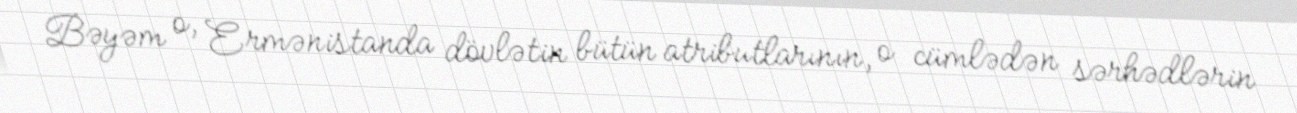
Bəyəm o, Ermənistanda dövlətin bütün atributlarının, o cümlədən sərhədlərin